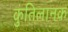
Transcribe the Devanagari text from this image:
कुंतिलानक